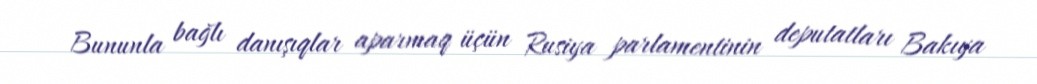
Bununla bağlı danışıqlar aparmaq üçün Rusiya parlamentinin deputatları Bakıya